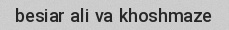
besiar ali va khoshmaze